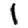
Digit: 1